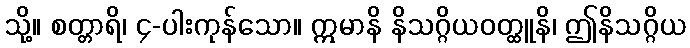
သို့။ စတ္တာရိ၊ ၄-ပါးကုန်သော။ ဣမာနိ နိသဂ္ဂိယဝတ္ထူနိ၊ ဤနိသဂ္ဂိယ